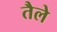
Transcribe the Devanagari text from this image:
तैले